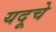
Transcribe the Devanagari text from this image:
यदूचे